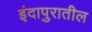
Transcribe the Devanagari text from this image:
इंदापुरातील